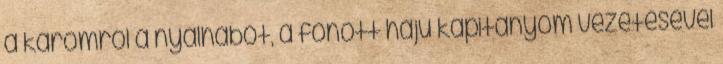
a karomról a nyálhabot, a fonott hajú kapitányom vezetésével